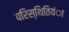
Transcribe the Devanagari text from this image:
परिस्थितियंा